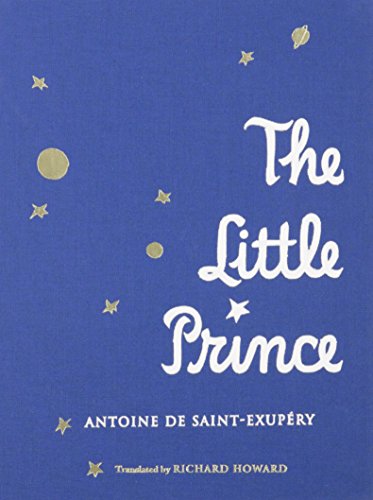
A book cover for The Little Prince; Antoine de Saint-ExupÃ©ry; Literature & Fiction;